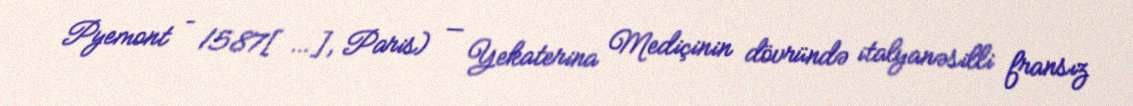
Pyemont – 1587[…], Paris) — Yekaterina Mediçinin dövründə italyanəsilli fransız